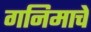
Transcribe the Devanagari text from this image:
गनिमाचे